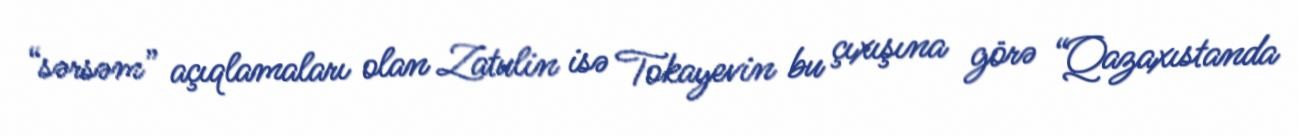
“sərsəm” açıqlamaları olan Zatulin isə Tokayevin bu çıxışına görə “Qazaxıstanda